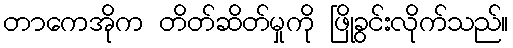
တာကေအိုက တိတ်ဆိတ်မှုကို ဖြိုခွင်းလိုက်သည်။